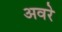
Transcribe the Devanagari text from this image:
अवरे